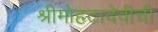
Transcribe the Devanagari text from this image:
श्रीमोहटादेवीची